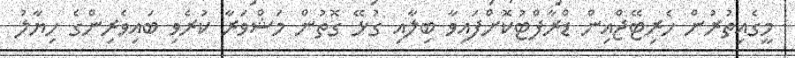
މީގެއިތުރުން ހެރިޓޭޖްއިން ޑްރާފްޓުކޮށްފައިވާ ބިލާއި ގުޅޭ ގޮތުން މަޝްވަރާ ކުރެވި ބައިވެރިންގެ ހިޔާލު